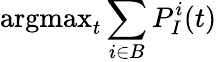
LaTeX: \operatorname{argmax}_{t}\sum_{i\in B}P_{I}^{i}(t)